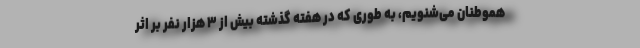
هموطنان می‌شنویم، به طوری که در هفته گذشته بیش از ۳ هزار نفر بر اثر